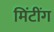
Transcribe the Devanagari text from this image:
मिंटींग